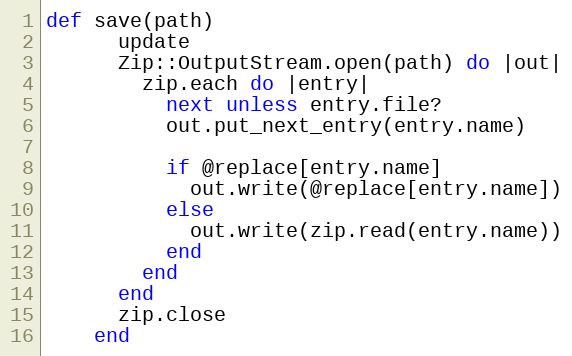
Language: Ruby
def save(path)
      update
      Zip::OutputStream.open(path) do |out|
        zip.each do |entry|
          next unless entry.file?
          out.put_next_entry(entry.name)

          if @replace[entry.name]
            out.write(@replace[entry.name])
          else
            out.write(zip.read(entry.name))
          end
        end
      end
      zip.close
    end